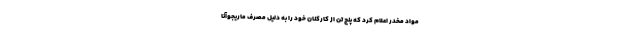
مواد مخدر اعلام کرد که پنج تن از کارکنان خود را به دلیل مصرف ماریجوآنا